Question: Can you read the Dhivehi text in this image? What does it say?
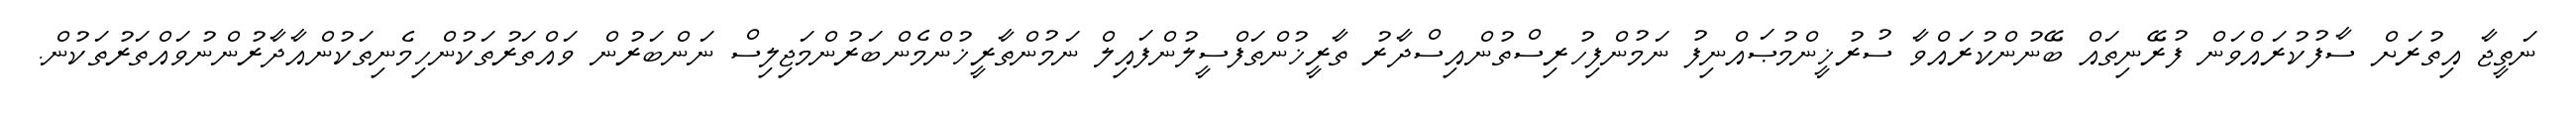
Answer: ނަތީޖާ އިތުރަށް ސާފުކުރައްވަން ފުރޭނިތައް ބޭނުންކުރައްވާ ސުރުޚީންމުޞައްނިފު ނަމުންފިހުރިސްތުންއިސްދާރު ތާރީޚުންތަފްސީލުންފައިލް ނަމުންތާރީޚުންމެންބަރުންމަޖިލިސް ނަންބަރުން ވައްތަރުތަކުންހިމެނިތަކުންއާދާރުންނުވައްތަރުތަކުން.